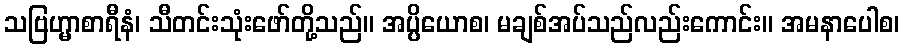
သဗြဟ္မာစာရီနံ၊ သီတင်းသုံးဖော်တို့သည်။ အပ္ပိယောစ၊ မချစ်အပ်သည်လည်းကောင်း။ အမနာပေါစ၊